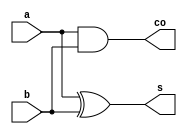

module Half (a,b,s,co);

input [7:0]a ,b;
output reg [7:0]s;
output reg [7:0] co; //we want carry for each bit sum 

always @(*)
begin
s=a^b;
co=a&b;
end

endmodule